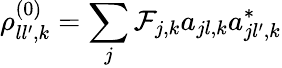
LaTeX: \rho_{ll^{\prime},k}^{(0)}=\sum_{j}\mathcal{F}_{j,k}a_{jl,k}a_{jl^{\prime},k}^{*}